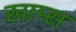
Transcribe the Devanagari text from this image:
खाम्स